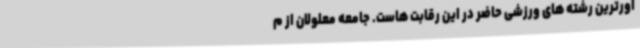
آورترین رشته های ورزشی حاضر در این رقابت هاست. جامعه معلولان از م